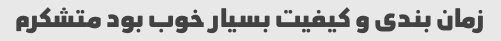
زمان بندی و کیفیت بسیار خوب بود متشکرم